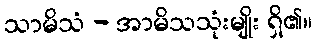
သာမိသံ - အာမိသသုံးမျိုး ရှိ၏။